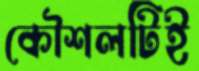
কৌশলটিই